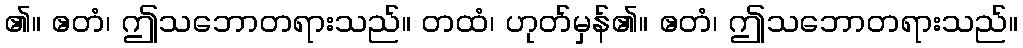
၏။ ဧတံ၊ ဤသဘောတရားသည်။ တထံ၊ ဟုတ်မှန်၏။ ဧတံ၊ ဤသဘောတရားသည်။